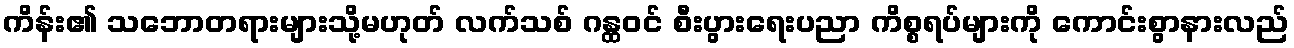
ကိန်း၏ သဘောတရားများသို့မဟုတ် လက်သစ် ဂန္ထဝင် စီးပွားရေးပညာ ကိစ္စရပ်များကို ကောင်းစွာနားလည်